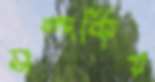
সম্পর্কিয়